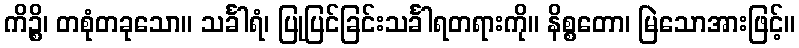
ကိဉ္စိ၊ တစုံတခုသော။ သင်္ခါရံ၊ ပြုပြင်ခြင်းသင်္ခါရတရားကို။ နိစ္စတော၊ မြဲသောအားဖြင့်။